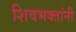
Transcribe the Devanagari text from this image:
शिवभक्तांनी